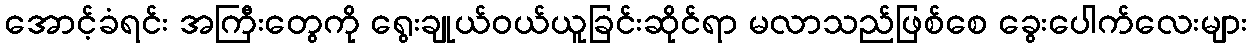
အောင့်ခံရင်း အကြီးတွေကို ရွေးချုယ်ဝယ်ယူခြင်းဆိုင်ရာ မလာသည်ဖြစ်စေ ခွေးပေါက်လေးများ